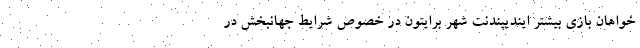
خواهان بازی بیشتر ایندیپندنت شهر برایتون در خصوص شرایط جهانبخش در